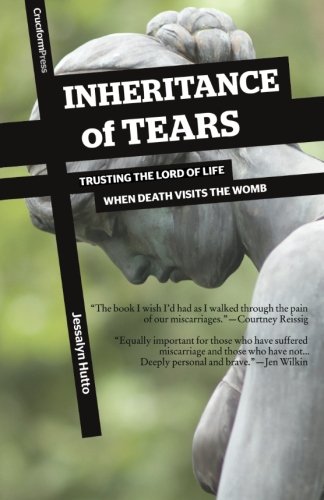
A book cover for Inheritance of Tears: Trusting the Lord of Life When Death Visits the Womb; Jessalyn Hutto; Christian Books & Bibles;